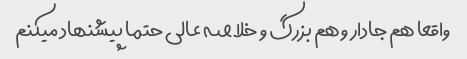
واقعا هم جادار و هم بزرگ و خلاصه عالی حتما پیشنهاد میکنم